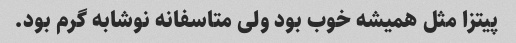
پیتزا مثل همیشه خوب بود ولى متاسفانه نوشابه گرم بود.